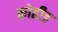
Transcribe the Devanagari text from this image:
कोहीड